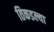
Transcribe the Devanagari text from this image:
तिकडल्या